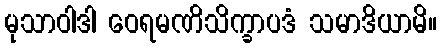
မုသာဝါဒါ ဝေရမဏိသိက္ခာပဒံ သမာဒိယာမိ။